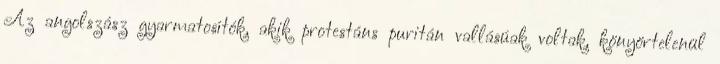
Az angolszász gyarmatosítók, akik protestáns puritán vallásúak voltak, könyörtelenül